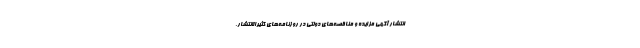
انتشار آگهی‌ مزایده و مناقصه‌های دولتی در روزنامه‌های کثیرالانتشار،